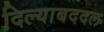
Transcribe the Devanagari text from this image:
दिल्याबददल